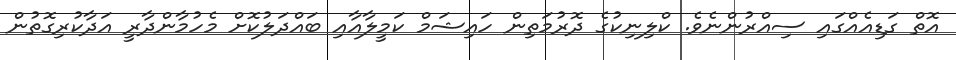
އޮތް ގަޑިއެއްގައި ސިއްރުންނެވެ. ކްލިނިކުގެ ދޮރުމަތިން ހައިޝަމް ކަމީލާއާއި ބައްދަލުކޮށް މެހުމާންދާރީ އަދާކުރިގޮތުން